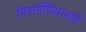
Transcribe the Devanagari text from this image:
निसर्गप्रियआहे